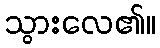
သွားလေ၏။